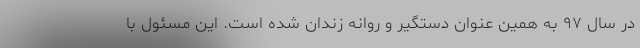
در سال ۹۷ به همین عنوان دستگیر و روانه زندان شده است. این مسئول با